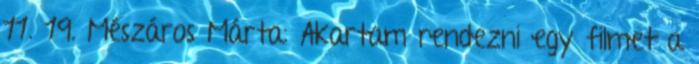
11. 19. Mészáros Márta: Akartam rendezni egy filmet a